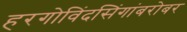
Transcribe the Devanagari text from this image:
हरगोविंदसिंगांबरोबर